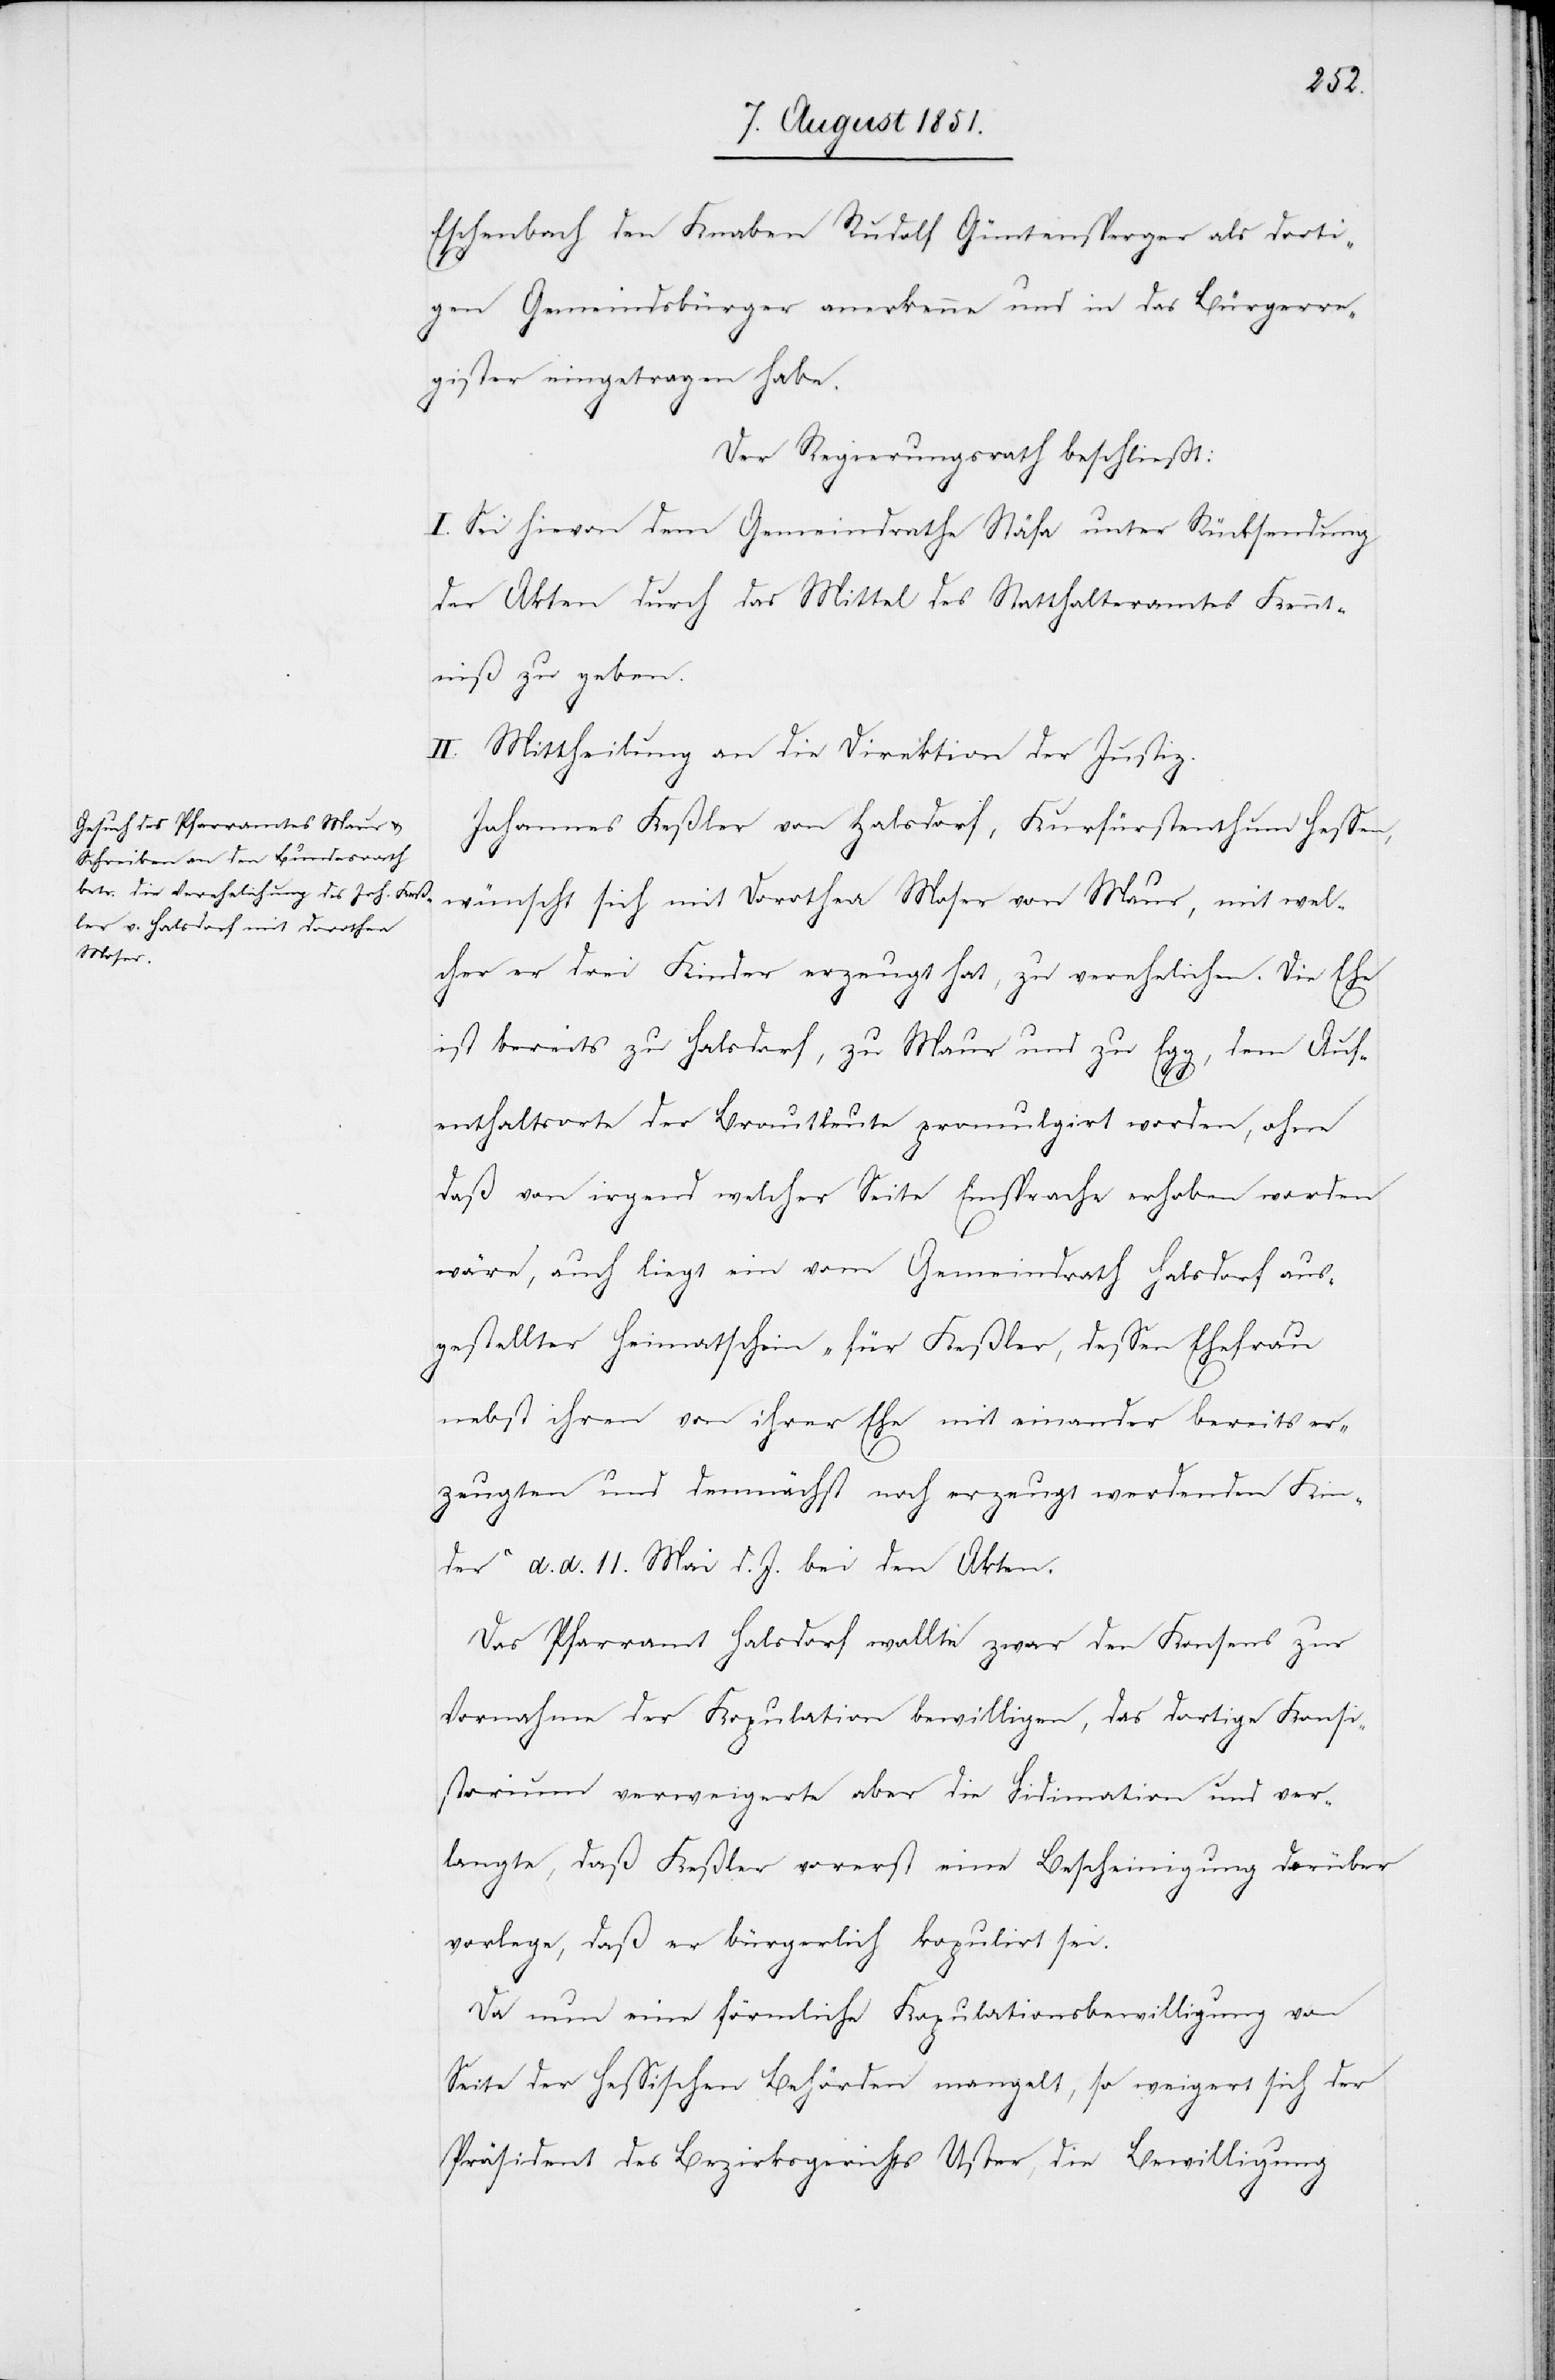
Eschenbach den Knaben Rudolf Güntensperger als dorti¬
gen Gemeindsbürger anerkenne und in das Bürgerre¬
gister eingetragen habe.
Der Regierungsrath beschließt:
I. Sei hievon dem Gemeindrathe Stäfa unter Rücksendung
der Akten durch das Mittel des Statthalteramtes Kennt¬
niß zu geben.
II. Mittheilung an die Direktion der Justiz.
Johannes Keßler von Halsdorf, Kurfürstenthum Hessen,
wünscht sich mit Dorothea Moser von Maur, mit wel¬
cher er drei Kinder erzeugt hat, zu verehelichen. Die Ehe
ist bereits zu Halsdorf, zu Maur und zu Egg, dem Auf¬
enthaltsorte der Brautleute promulgirt worden, ohne
daß von irgend welcher Seite Einsprache erhoben worden
wäre, auch liegt ein vom Gemeindrath Halsdorf aus¬
gestellter Heimatschein „für Keßler, dessen Ehefrau
nebst ihren von [recte: vor] ihrer Ehe mit einander bereits er¬
zeugten und demnächst noch erzeugt werdenden Kin¬
der“ d. d. 11. Mai d. J. bei den Akten.
Das Pfarramt Halsdorf wollte zwar den Konsens zur
Vornahme der Kopulation bewilligen, das dortige Konsi¬
storium verweigerte aber die Fidimation und ver¬
langte, daß Keßler vorerst eine Bescheinigung darüber
vorlege, daß er bürgerlich kopulirt sei.
Da nun eine förmliche Kopulationsbewilligung von
Seite der Hessischen Behörden mangelt, so weigert sich der
Präsident des Bezirksgerichts Uster, die Bewilligung